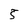
Character: 5